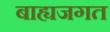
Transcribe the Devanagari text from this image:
बाह्यजगत